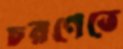
চরণেতে